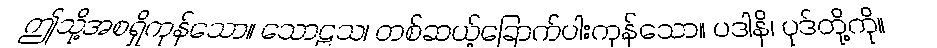
ဤသို့အစရှိကုန်သော။ သောဠသ၊ တစ်ဆယ့်ခြောက်ပါးကုန်သော။ ပဒါနိ၊ ပုဒ်တို့ကို။